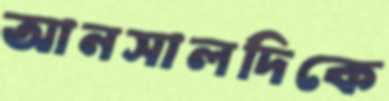
আনসালদিকে